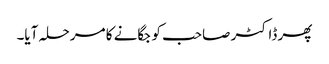
پھر ڈاکٹر صاحب کو جگانے کا مرحلہ آیا۔